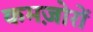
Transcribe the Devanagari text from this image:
कमज़ोरों